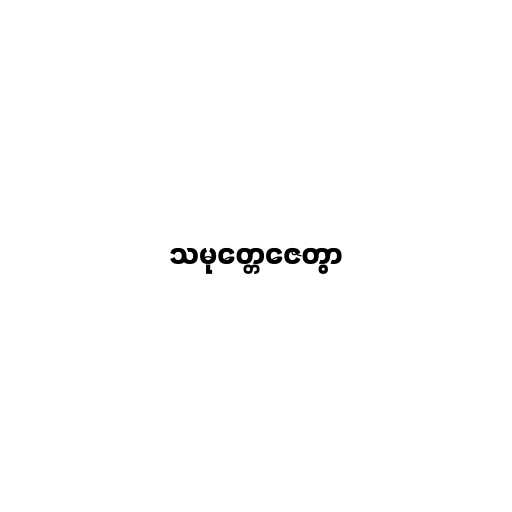
သမုတ္တေဇေတွာ